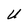
Character: U